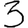
Digit: 3